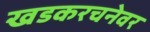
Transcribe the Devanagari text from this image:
खडकरचनेवर